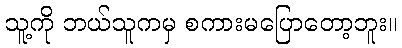
သူ့ကို ဘယ်သူကမှ စကားမပြောတော့ဘူး။